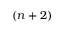
( n + 2 )